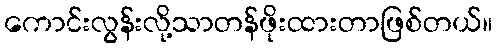
ကောင်းလွန်းလို့သာတန်ဖိုးထားတာဖြစ်တယ်။